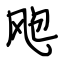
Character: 飑